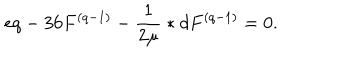
LaTeX: e q - 3 6 F ^ { ( q - 1 ) } - \frac { 1 } { 2 \mu } \ast d F ^ { ( q - 1 ) } = 0 .